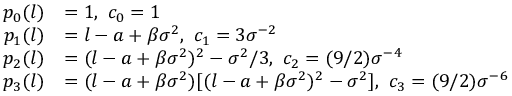
\begin{array} { r l } { p _ { 0 } ( l ) } & { = 1 , \ c _ { 0 } = 1 } \\ { p _ { 1 } ( l ) } & { = l - a + \beta \sigma ^ { 2 } , \ c _ { 1 } = 3 \sigma ^ { - 2 } } \\ { p _ { 2 } ( l ) } & { = ( l - a + \beta \sigma ^ { 2 } ) ^ { 2 } - \sigma ^ { 2 } / 3 , \ c _ { 2 } = ( 9 / 2 ) \sigma ^ { - 4 } } \\ { p _ { 3 } ( l ) } & { = ( l - a + \beta \sigma ^ { 2 } ) [ ( l - a + \beta \sigma ^ { 2 } ) ^ { 2 } - \sigma ^ { 2 } ] , \ c _ { 3 } = ( 9 / 2 ) \sigma ^ { - 6 } } \end{array}